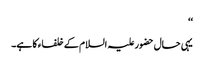
‘‘
یہی حال حضورعلیہ السلام کے خلفاء کا ہے۔